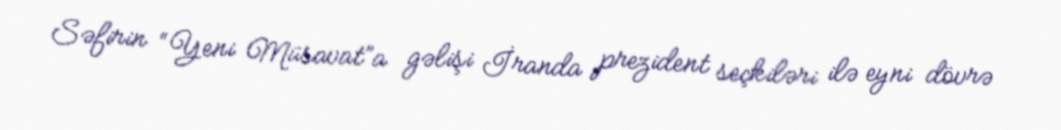
Səfirin “Yeni Müsavat”a gəlişi İranda prezident seçkiləri ilə eyni dövrə